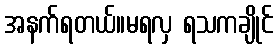
အနက်ရတယ်။မရလှ ရသကချိုင်